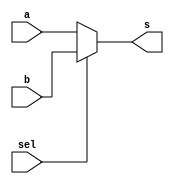
module mux_one (
    input sel,
    input a,
    input b,
    output s
);
    reg SR;
    always @(sel or a or b)
    begin
        if(sel == 1'b0)
        SR=a;
        else
        SR=b;
    end
    assign s=SR;
endmodule